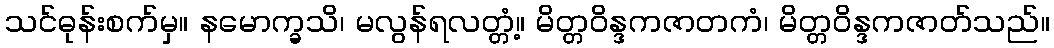
သင်ဓုန်းစက်မှ။ နမောက္ခသိ၊ မလွန်ရလတ္တံ့။ မိတ္တဝိန္ဒကဇာတကံ၊ မိတ္တဝိန္ဒကဇာတ်သည်။